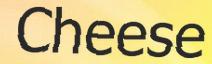
Cheese